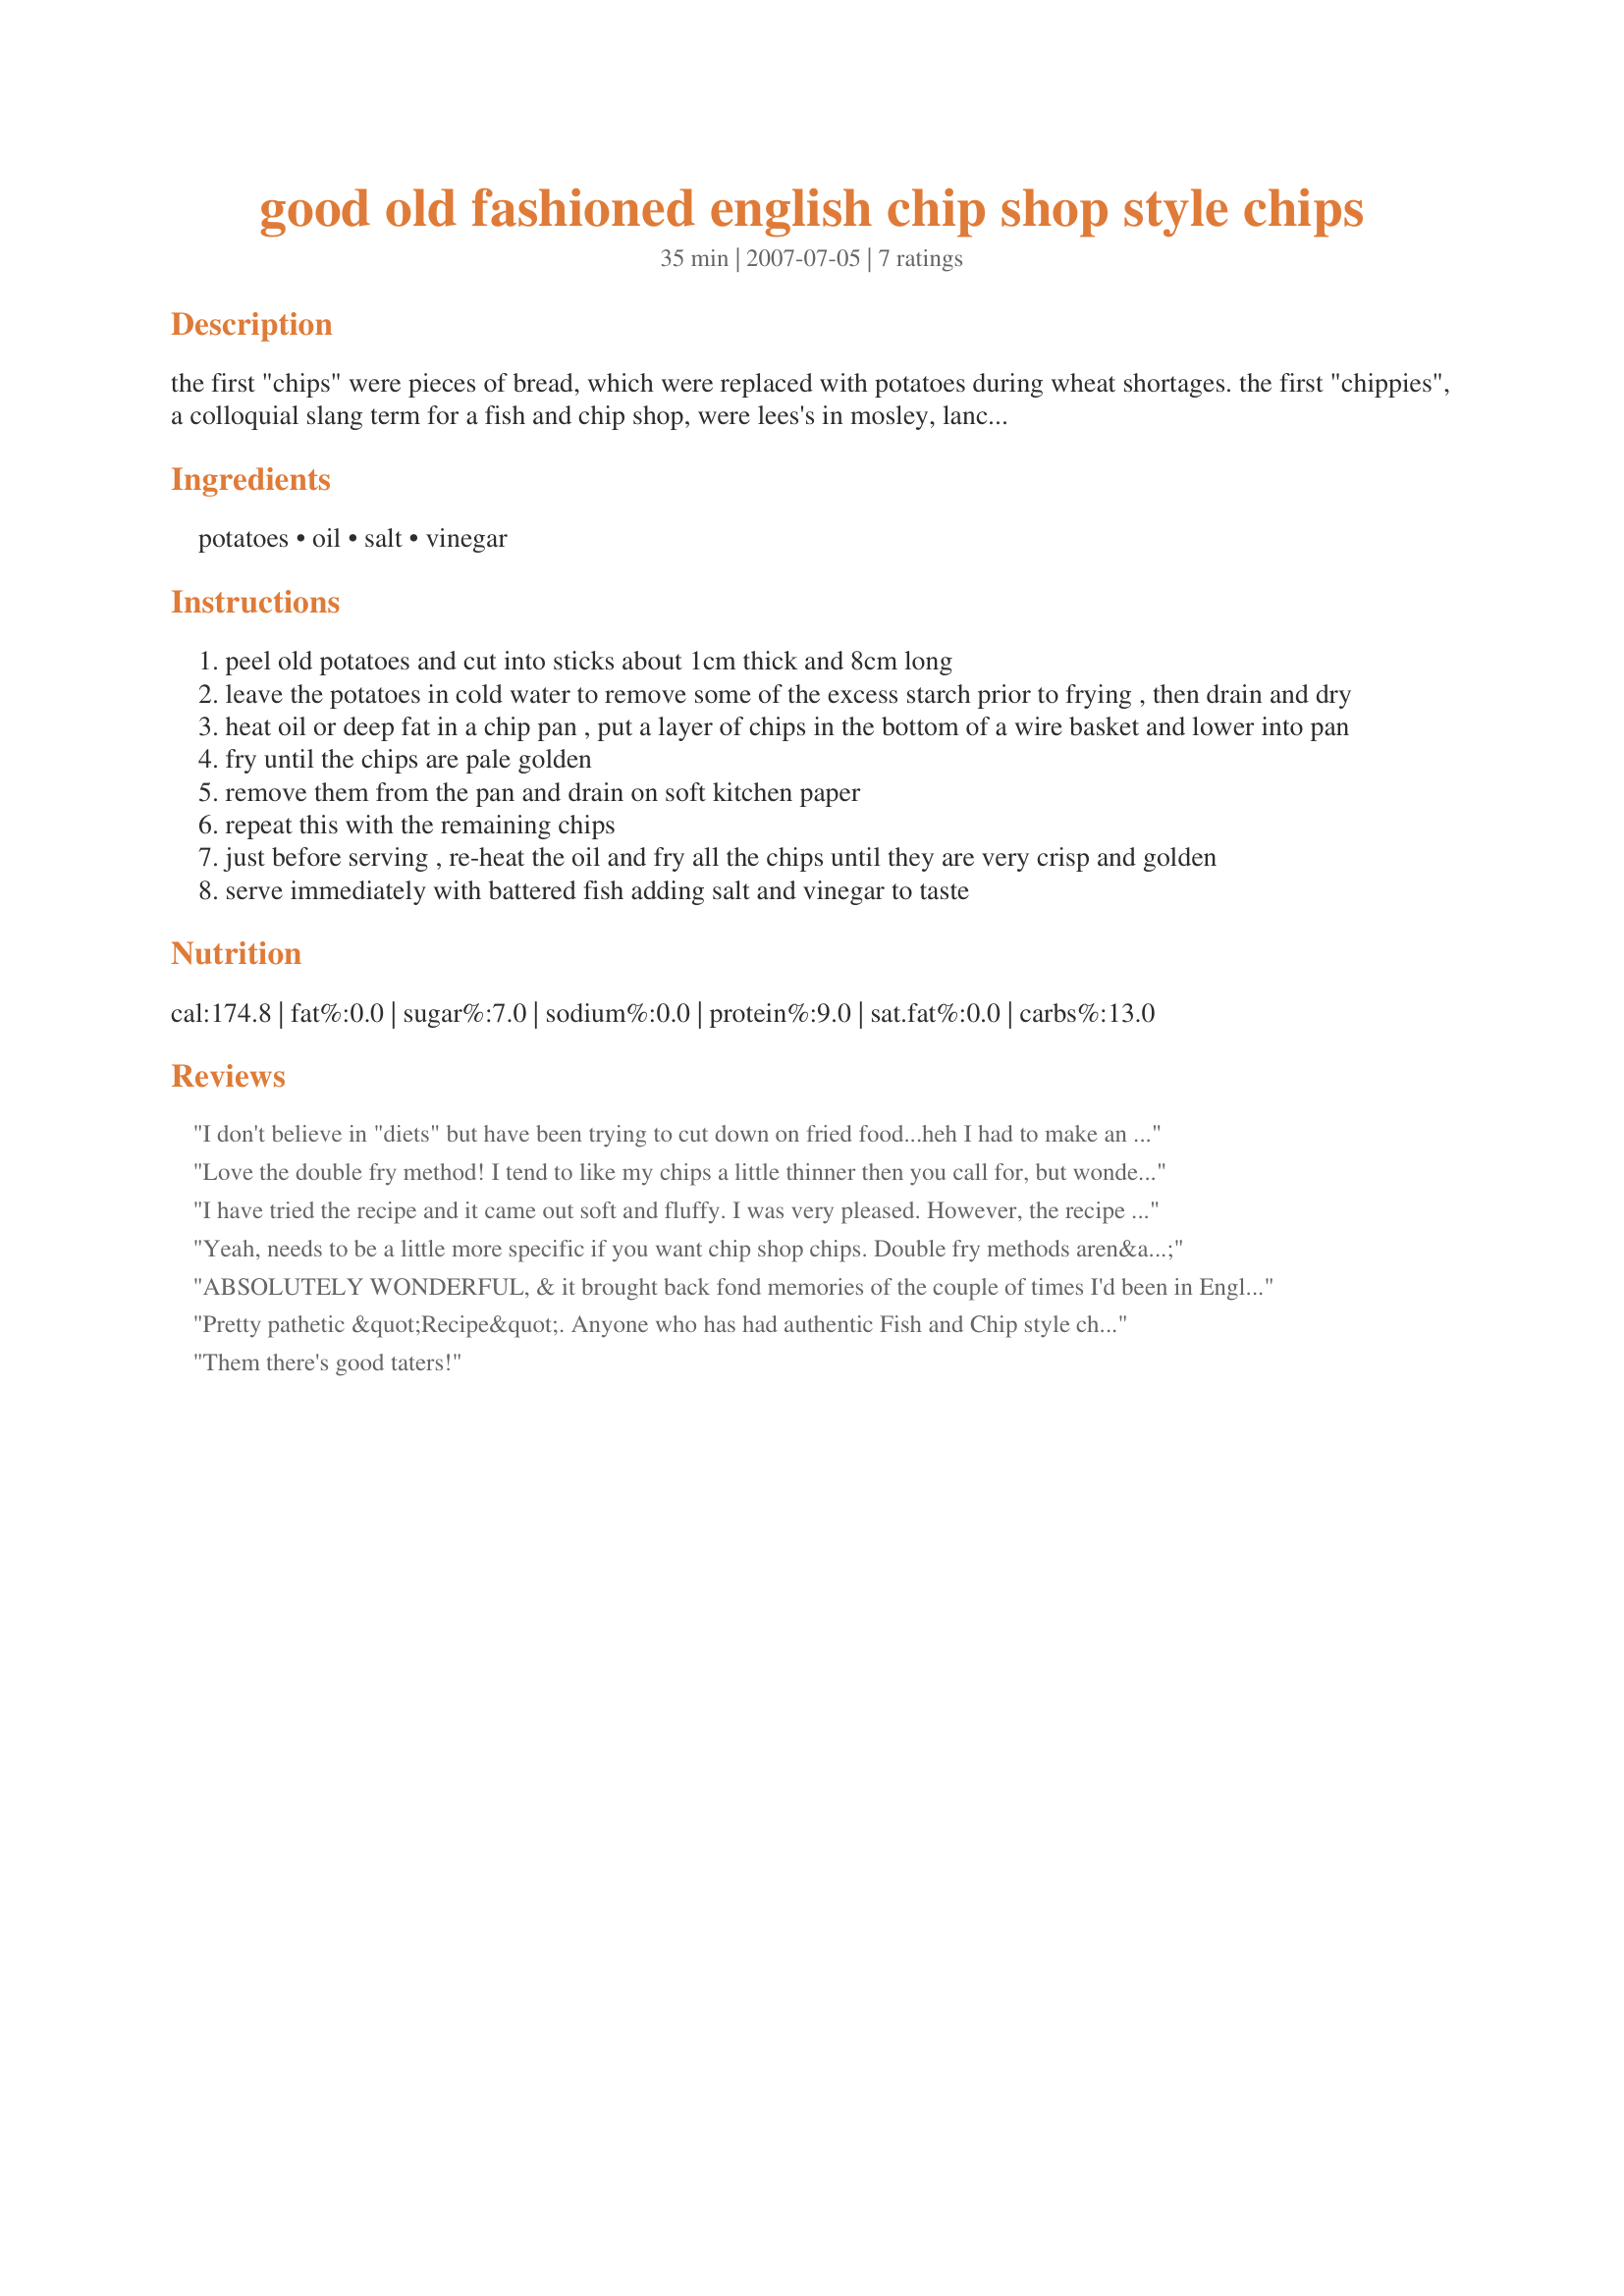
good old fashioned english chip shop style chips
Preparation time: 35 minutes

the first "chips" were pieces of bread, which were replaced with potatoes during wheat shortages. the first "chippies", a colloquial slang term for a fish and chip shop, were lees's in mosley, lancashire, and malin's in london's east end - opened for trade in the 1860s. during the second world war, the minister of food wouldn't ration fish and chips because they provided good, cheap nourishment! it is traditional to serve chips piping hot with salt and malt vinegar!

Ingredients:
potatoes, oil, salt, vinegar

Steps:
peel old potatoes and cut into sticks about 1cm thick and 8cm long
leave the potatoes in cold water to remove some of the excess starch prior to frying , then drain and dry
heat oil or deep fat in a chip pan , put a layer of chips in the bottom of a wire basket and lower into pan
fry until the chips are pale golden
remove them from the pan and drain on soft kitchen paper
repeat this with the remaining chips
just before serving , re-heat the oil and fry all the chips until they are very crisp and golden
serve immediately with battered fish adding salt and vinegar to taste

Reviews:
I don't believe in "diets" but have been trying to cut down on fried food...heh I had to make an exception here. Simple and wonderful comfort food, reminds me of my trip to Morecambe back in the day!
Love the double fry method!
I tend to like my chips a little thinner then you call for, but wonderful recipe anyway.
The salt and malt vinegar are a must!

This has been added to my cookbooks!

Thanks FT for another good recipe!
I have tried the recipe and it came out soft and fluffy. I was very pleased. However, the recipe wasn&#039;t clear so I had to do a bit of guessing. I used any potatoes when I made it. For the soaking potatoes in water step, I let it soak for 2 - 3 mins. You could leave it in a little longer. For the first frying step, I use any oil and fried on medium heat. If using a very small pot, you should fry on medium - low heat. For the second frying step, I soaked the oil from the chips first before frying again. I continue frying on medium heat. If using a very small pot, they continue frying on low heat.
Yeah, needs to be a little more specific if you want chip shop chips. Double fry methods aren&#039;t generally used. The starch removal is a good tip. But type of oil, potato and cooking temps are very important.
ABSOLUTELY WONDERFUL, & it brought back fond memories of the couple of times I'd been in England & enjoyed the 'way-they-should-be-made fish & chips! Thanks, my friend, for sharing this great keeper of a recipe (as usual)! [Tagged, made & reviewed for the VIP player in the Vegetarian/Vegan Recipe Swap 18]
Pretty pathetic &quot;Recipe&quot;. Anyone who has had authentic Fish and Chip style chips in UK, knows that they are deserving of special acclaim. This recipe states &quot;old&#039; potatoes and Cooking oil. The secret would be WHICH OLD POTAOES AND WHICH OIL? Or should it be Lard? This is just a very uninspired and non specific &quot;recipe&quot;.
Them there's good taters!
